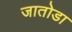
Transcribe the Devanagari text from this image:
जातोडा